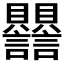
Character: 𧮣